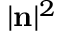
| \mathbf { n } | ^ { 2 }